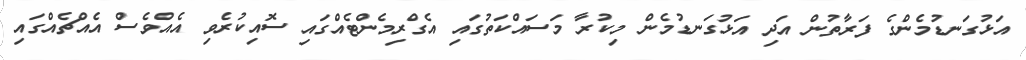
އަޅުގަނޑުމެންގެ ފަރާތުން އަދި އަޅުގަނޑުމެން މިކުރާ މަސައްކަތުގައި އެގްރިމެންޓެއްގައި ސޮއިކުރެވި އެއްވެސް އެއްޗެއްގައި